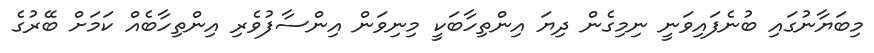
މިބަޔާނުގައި ބުނެފައިވަނީ ނިމިގެން ދިޔަ އިންތިހާބަކީ މިނިވަން އިންސާފުވެރި އިންތިހާބެއް ކަމަށް ބޭރުގެ